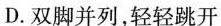
D.双脚并列，轻轻跳开